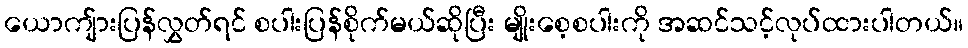
ယောကျ်ားပြန်လွှတ်ရင် စပါးပြန်စိုက်မယ်ဆိုပြီး မျိုးစေ့စပါးကို အဆင်သင့်လုပ်ထားပါတယ်။